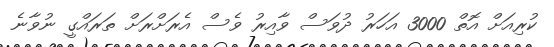
ކުރިއަށް އޮތް 3000 އަހަރު ދުވަސް ވާއިރު ވެސް އެރަށްރަށް ތަރައްގީ ނުވާނެ